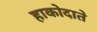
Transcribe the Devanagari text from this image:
हाकोदाते